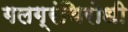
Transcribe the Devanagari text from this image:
गलग्रंथिरोधी